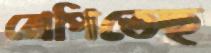
রোপিতেছ